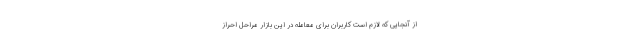
از آنجایی که لازم است کاربران برای معامله در این بازار مراحل احراز